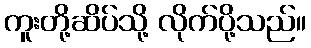
ကူးတို့ဆိပ်သို့ လိုက်ပို့သည်။